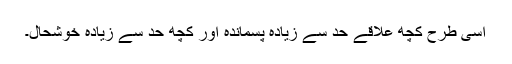
اسی طرح کچھ علاقے حد سے زیادہ پسماندہ اور کچھ حد سے زیادہ خوشحال۔